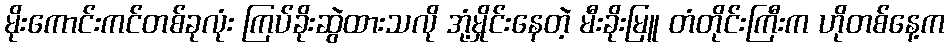
မိုးကောင်းကင်တစ်ခုလုံး ကြပ်ခိုးဆွဲထားသလို အုံ့မှိုင်းနေတဲ့ မီးခိုးမြူ တံတိုင်းကြီးက ဟိုတစ်နေ့က